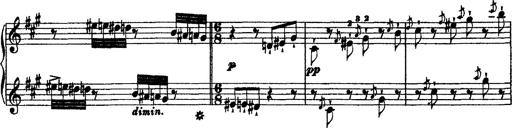
Title: 2 KonzertetÃ¼den
Composer: Franz Liszt